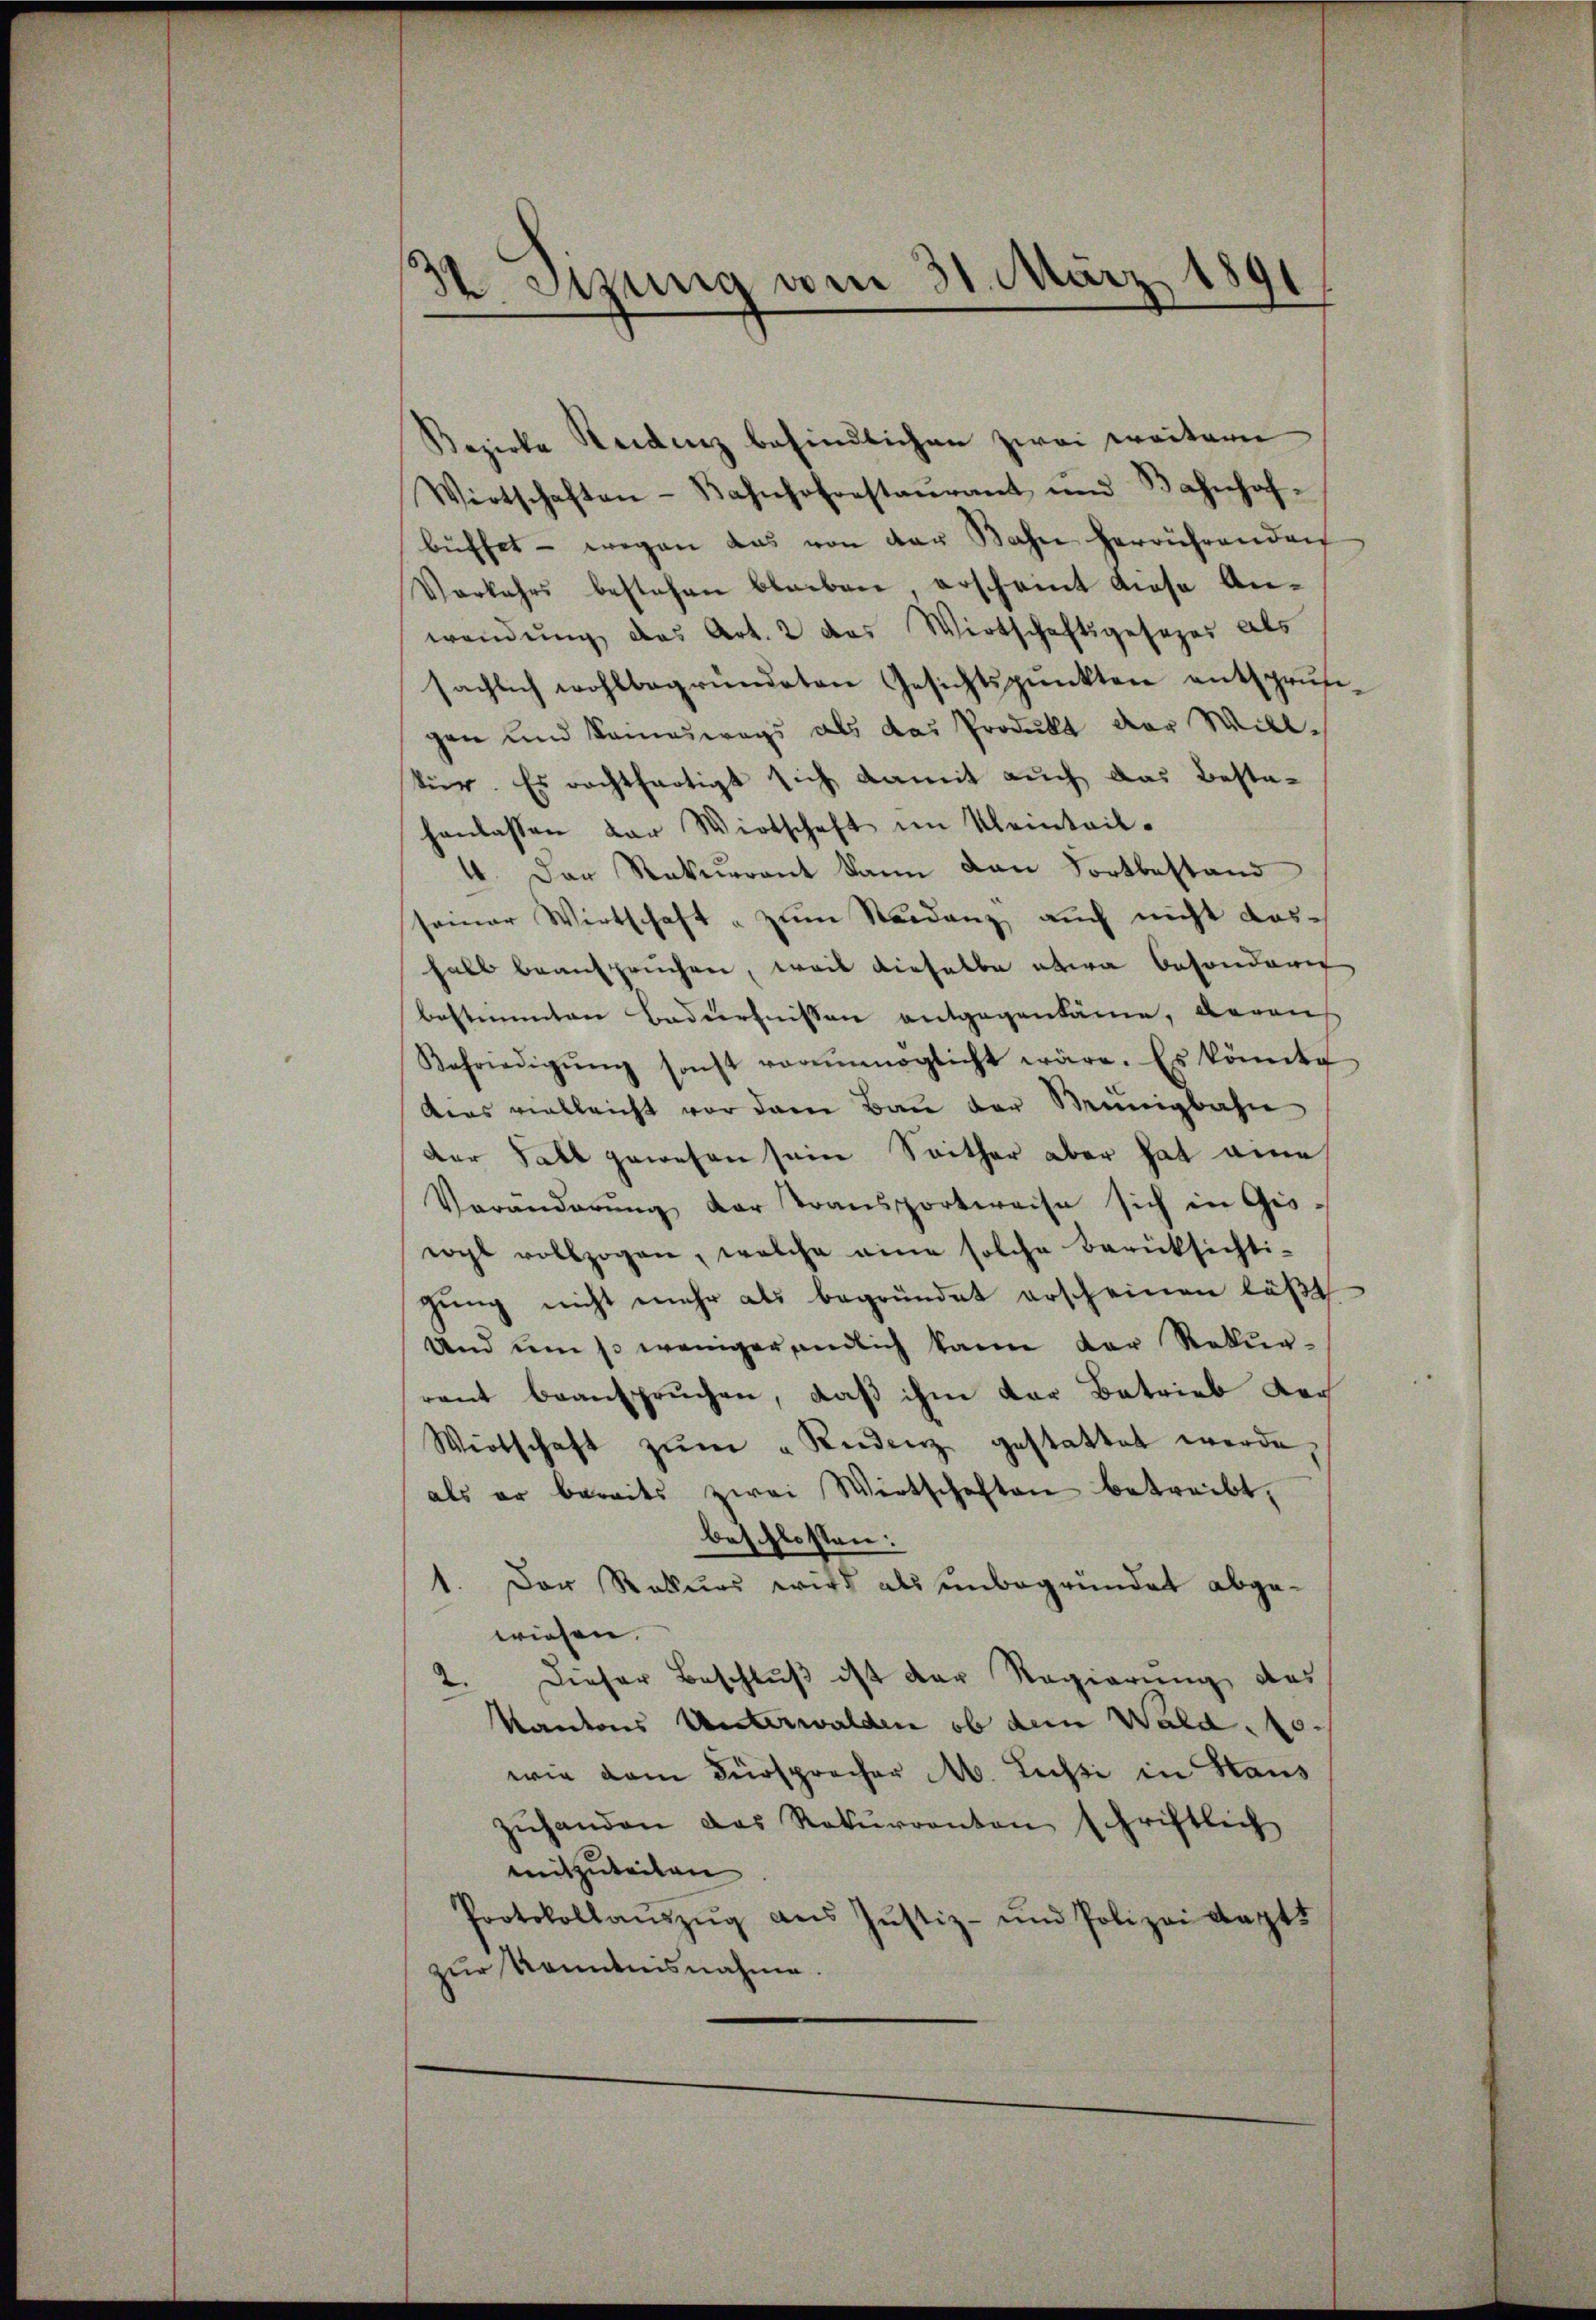
de Sitzung vom 31. März 189.
.

Bezirke Seidenz befindlichen zwei weitern
Wirtschaften-Bahnhofrestaŭrant und Bahnhof-
büffet - wegen das von der Bahn herrührenden
Vorkehrs bestehen bleiben, erscheint diese Anwendung des Art. 2 das Wirtschaftsgesezes als
sächlich wohlbegründeten Gesichtspunkten entsprŭsi-
gen und keineswegs als das Produkt der Willkür. Es rechtfertigt sich damit auch das Besta-
hanlassen der Wirtschaft im Kleinteil-
4. Der Rekurrent kann dan Fortbestand
samer Wirtschaft " zŭm Seidenz aŭch nicht das-
halb beanspruchen, weil dieselbe etwa besonderer
bestimmten Bedürfnissen entgegenkäme, waren
Befriedigŭng sonst vornmöglicht wäre. Es könnte
deas vielleicht vor dem Bau der Münigbahn
der Fall gewesen sein Seither aber hat eine
Veränderŭng der Transportweise sich in Gis-
wyl vollzogen, welche eine solche berücksichti-
gŭng nicht mehr als begründet erscheinen läβt
Und um so weniger endlich kann der Rekurrant beanspruchen, daß ihm der Betrieb Log
Wirtschaft zŭm " Rudenz gestattet werde,
als er bereits zwei Wirtschaften betreibt,
beschlossen:
1. Der Rekurs wird als unbegründet abgewiesen.
2. Dieser Beschluß ist der Regierung das
Kantons Unterwalden ob dem Wald, 10.
wie dem Fürsprecher M. Lussi in Staus
zŭhanden das Rekŭrranton schriftlich
mitzuteilen.
Protokollaŭszŭg aŭs Jŭstiz- und Polizei Kapt
zur Kenntnisnahme.